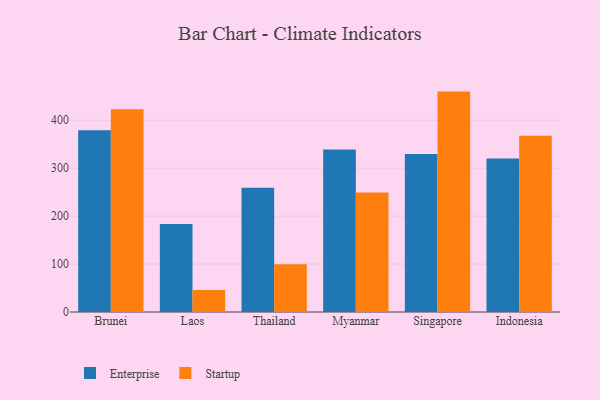
{"axis": {"x": "Country", "y": "Customer Acquisition Cost (USD)"}, "legend": ["Enterprise", "Startup"], "data": [{"x": "Brunei", "y": 379.0, "type": "Enterprise"}, {"x": "Brunei", "y": 422.8, "type": "Startup"}, {"x": "Laos", "y": 183.8, "type": "Enterprise"}, {"x": "Laos", "y": 46.1, "type": "Startup"}, {"x": "Thailand", "y": 259.0, "type": "Enterprise"}, {"x": "Thailand", "y": 99.6, "type": "Startup"}, {"x": "Myanmar", "y": 339.1, "type": "Enterprise"}, {"x": "Myanmar", "y": 249.0, "type": "Startup"}, {"x": "Singapore", "y": 329.8, "type": "Enterprise"}, {"x": "Singapore", "y": 459.7, "type": "Startup"}, {"x": "Indonesia", "y": 320.4, "type": "Enterprise"}, {"x": "Indonesia", "y": 367.8, "type": "Startup"}]}